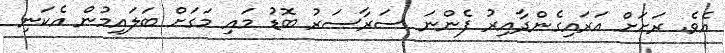
އެވެ. ރަށަށް އަރައިގެންދާއިރު ފެންނަ ސަރާސަރު ބޮޑު މައި މަގަށް ބަލައިމުން އެކަނި